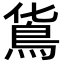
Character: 𩾹